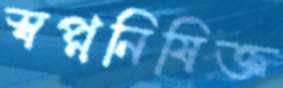
স্বপ্ননিষিক্ত